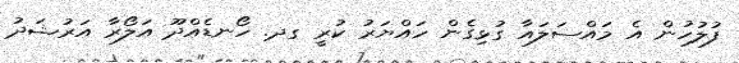
ފުލުހުން އެ މައްސަލައާ ގުޅިގެން ހައްޔަރު ކުރީ ގދ. ހޯނޑެއްދޫ އަލޯރާ އަރުޝަދު